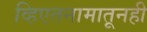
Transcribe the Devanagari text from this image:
व्हिएतनामातूनही